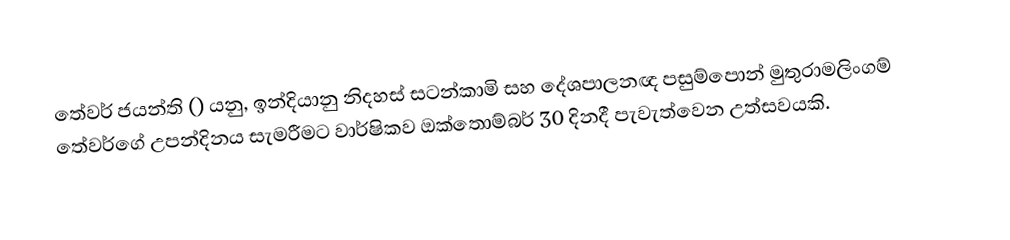
තේවර් ජයන්ති () යනු, ඉන්දියානු  නිදහස් සටන්කාමි සහ දේශපාලනඥ පසුම්පොන් මුතුරාමලිංගම් තේවර්ගේ උපන්දිනය සැමරීමට වාර්ෂිකව ඔක්තොම්බර් 30 දිනදී පැවැත්වෙන උත්සවයකි.